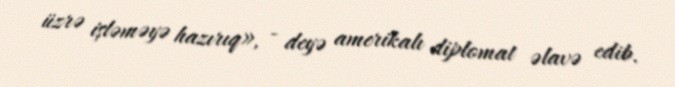
üzrə işləməyə hazırıq», - deyə amerikalı diplomat əlavə edib.